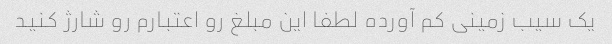
یک سیب زمینی کم آورده لطفا این مبلغ رو اعتبارم رو شارژ کنید